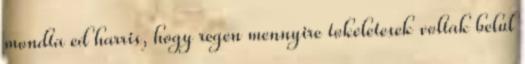
mondta ed harris, hogy regen mennyire tokeletesek voltak belul